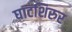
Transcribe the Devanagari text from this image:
घाटशिरुर